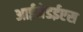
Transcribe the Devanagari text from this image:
आईजेडईएस